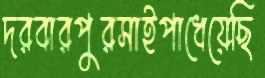
দরবারপুরসাইপাধেয়েছি